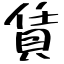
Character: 賃